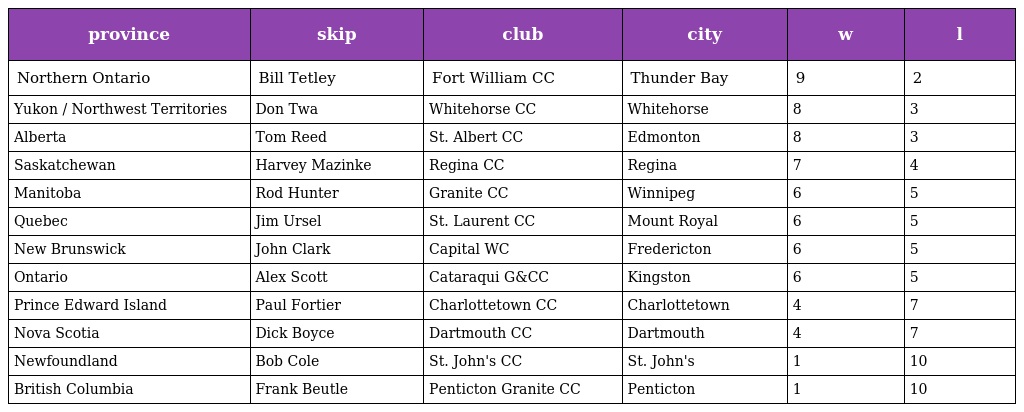
| province | skip | club | city | w | l |
 | --- | --- | --- | --- | --- | --- |
 | Northern Ontario | Bill Tetley | Fort William CC | Thunder Bay | 9 | 2 |
 | Yukon / Northwest Territories | Don Twa | Whitehorse CC | Whitehorse | 8 | 3 |
 | Alberta | Tom Reed | St. Albert CC | Edmonton | 8 | 3 |
 | Saskatchewan | Harvey Mazinke | Regina CC | Regina | 7 | 4 |
 | Manitoba | Rod Hunter | Granite CC | Winnipeg | 6 | 5 |
 | Quebec | Jim Ursel | St. Laurent CC | Mount Royal | 6 | 5 |
 | New Brunswick | John Clark | Capital WC | Fredericton | 6 | 5 |
 | Ontario | Alex Scott | Cataraqui G&CC | Kingston | 6 | 5 |
 | Prince Edward Island | Paul Fortier | Charlottetown CC | Charlottetown | 4 | 7 |
 | Nova Scotia | Dick Boyce | Dartmouth CC | Dartmouth | 4 | 7 |
 | Newfoundland | Bob Cole | St. John's CC | St. John's | 1 | 10 |
 | British Columbia | Frank Beutle | Penticton Granite CC | Penticton | 1 | 10 |